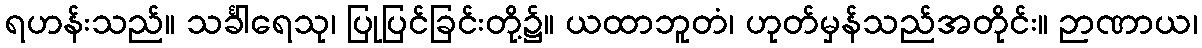
ရဟန်းသည်။ သင်္ခါရေသု၊ ပြုပြင်ခြင်းတို့၌။ ယထာဘူတံ၊ ဟုတ်မှန်သည်အတိုင်း။ ဉာဏာယ၊